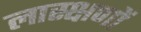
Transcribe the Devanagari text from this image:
लास्क्षणों